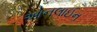
ઓનલાઈન